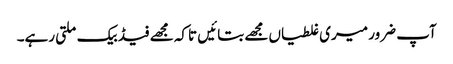
آپ ضرور میری غلطیاں مجھے بتائیں تاکہ مجھے فیڈ بیک ملتی رہے۔